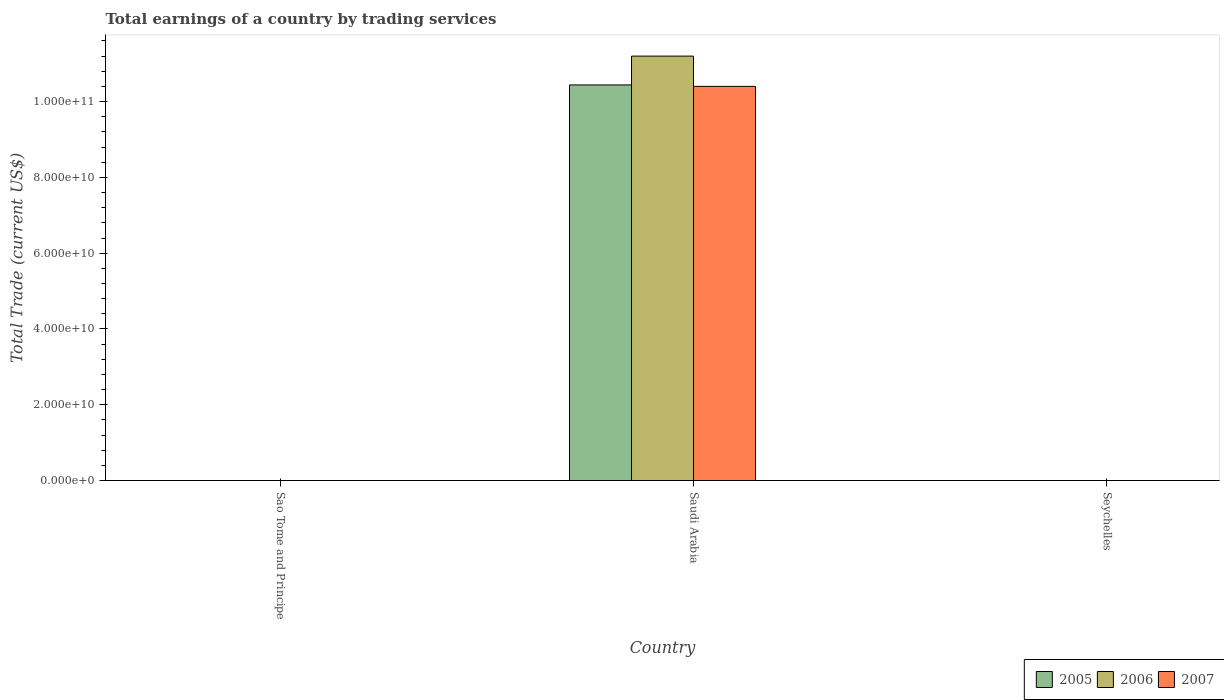
| Country | 2005 | 2006 | 2007 |
 | --- | --- | --- | --- |
 | Sao Tome and Principe | -3.67e+07 | -6.09e+07 | -7e+07 |
 | Saudi Arabia | 1.04e+11 | 1.12e+11 | 1.04e+11 |
 | Seychelles | -1.65e+08 | -1.34e+08 | -9.49e+07 |